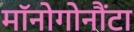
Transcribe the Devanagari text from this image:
मॉनोगोनौंटा